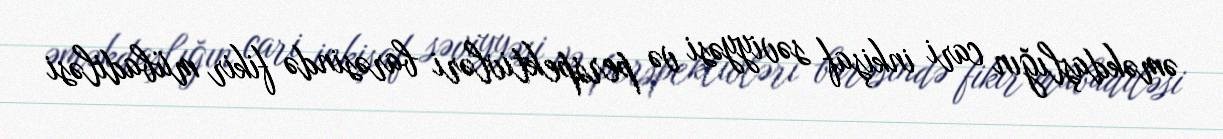
əməkdaşlığın cari inkişaf səviyyəsi və perspektivləri barəsində fikir mübadiləsi